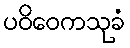
ပဝိဝေကသုခံ